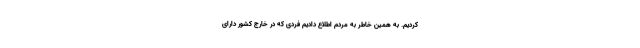
کردیم. به همین خاطر به مردم اطلاع دادیم فردی که در خارج کشور دارای